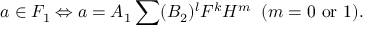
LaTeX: a \in F _ { 1 } \Leftrightarrow a = A _ { 1 } \sum ( B _ { 2 } ) ^ { l } F ^ { k } H ^ { m } \; \; ( m = 0 \mathrm { ~ o r ~ } 1 ) .